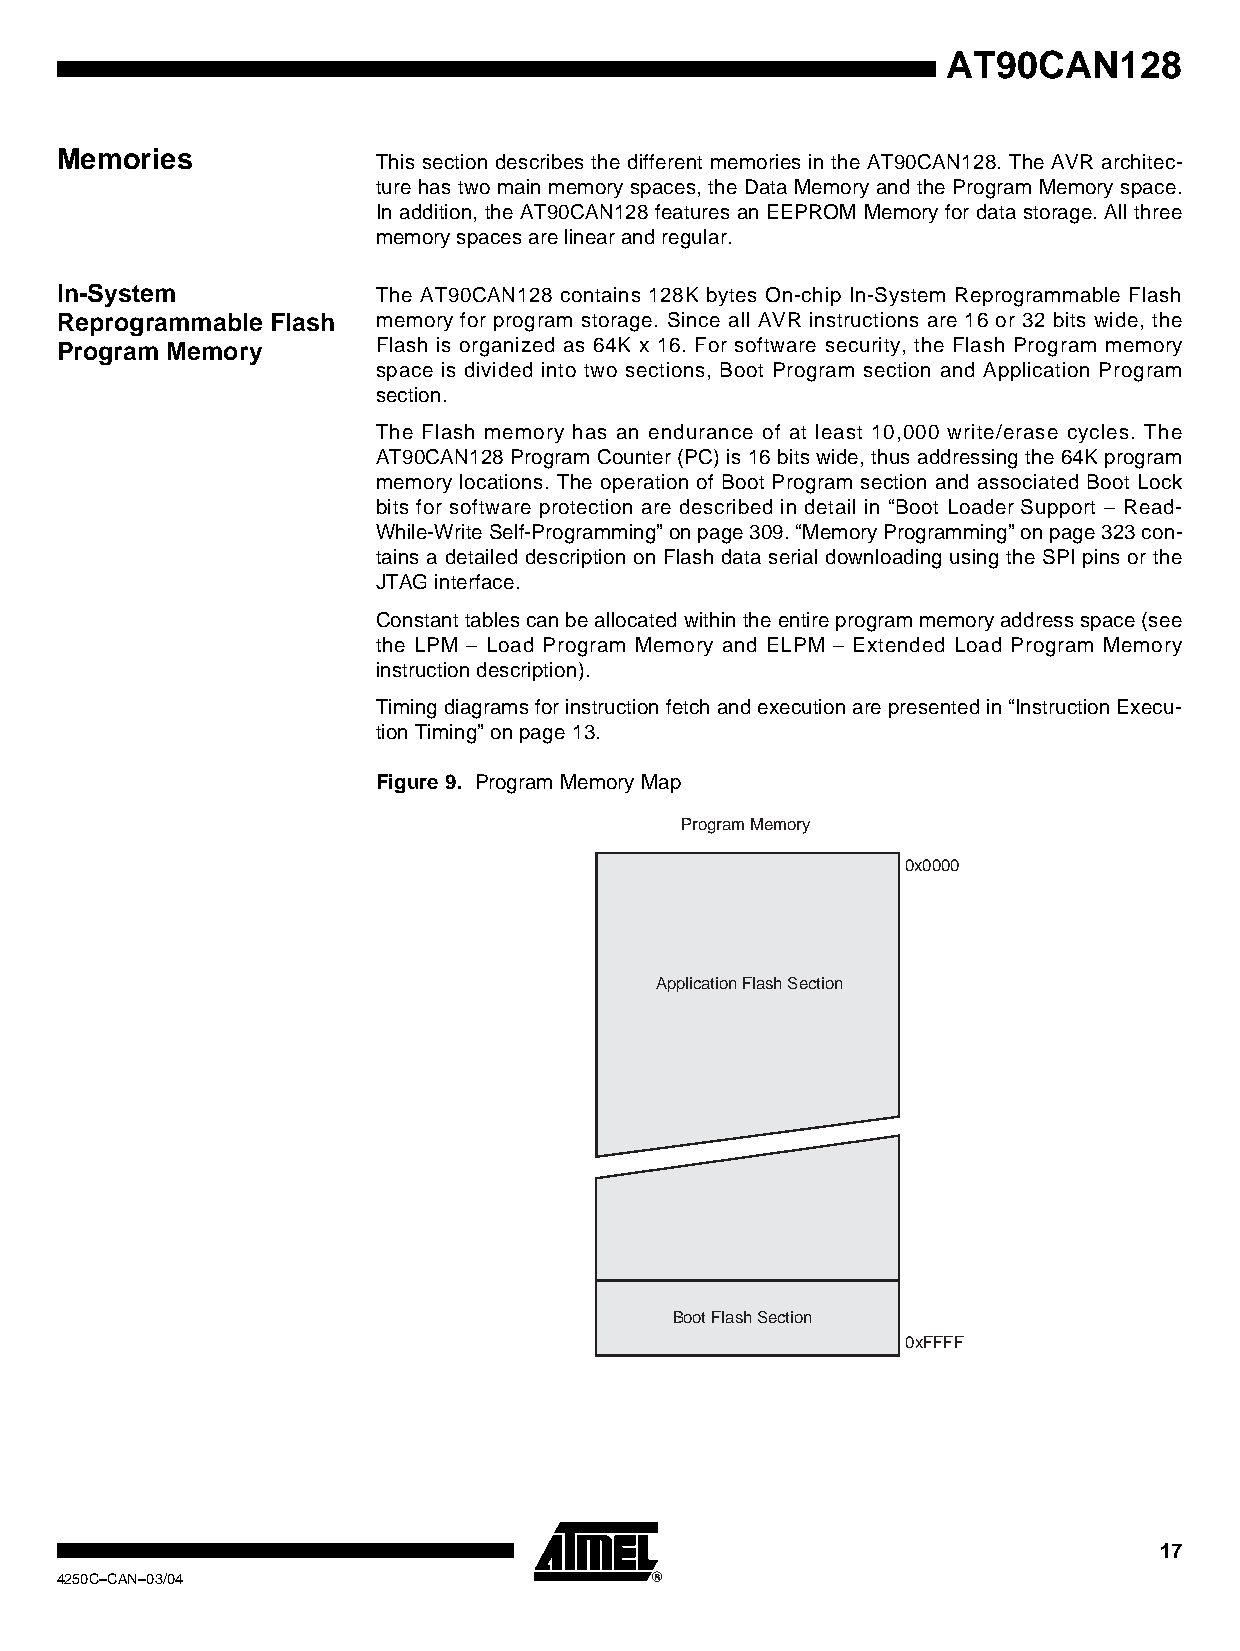
AT90CAN128
 Memories
 This section describes the different memories in the AT90CAN128. The AVR architec-
 ture has two main memory spaces, the Data Memory and the Program Memory space.
 In addition, the AT90CAN128 features an EEPROM Memory for data storage. All three
 memory spaces are linear and regular.
 In-System            The AT90CAN128 contains 128K bytes On-chip In-System Reprogrammable Flash
 Reprogrammable Flash memory for program storage. Since all AVR instructions are 16 or 32 bits wide, the
 Program Memory       Flash is organized as 64K x 16. For software security, the Flash Program memory
 space is divided into two sections, Boot Program section and Application Program
 section.
 The Flash memory has an endurance of at least 10,000 write/erase cycles. The
 AT90CAN128 Program Counter (PC) is 16 bits wide, thus addressing the 64K program
 memory locations. The operation of Boot Program section and associated Boot Lock
 bits for software protection are described in detail in “Boot Loader Support – Read-
 While-Write Self-Programming” on page 309. “Memory Programming” on page 323 con-
 tains a detailed description on Flash data serial downloading using the SPI pins or the
 JTAG interface.
 Constant tables can be allocated within the entire program memory address space (see
 the LPM – Load Program Memory and ELPM – Extended Load Program Memory
 instruction description).
 Timing diagrams for instruction fetch and execution are presented in “Instruction Execu-
 tion Timing” on page 13.
 Figure 9. Program Memory Map
 Program Memory
 0x0000
 Application Flash Section
 Boot Flash Section
 0xFFFF
 17
 4250C–CAN–03/04